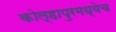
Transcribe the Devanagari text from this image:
कोल्हापुरमध्येच